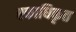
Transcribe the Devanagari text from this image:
एकाधिकृत